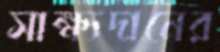
সাক্ষ্যদানের